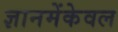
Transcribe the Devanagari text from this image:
ज्ञानमेंकेवल